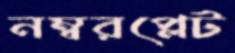
নম্বরপ্লেট